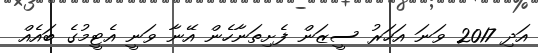
އަދި 2017 ވަނަ އަހަރު ސީޒަން ފެށިތަނާހެން އޭނާ ވަނީ އެޓީމުގެ ބައެއް